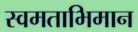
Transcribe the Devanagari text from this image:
स्वमताभिमान